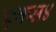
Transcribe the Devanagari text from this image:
एक्स४